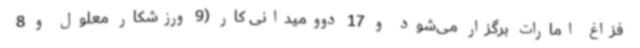
فزاغ امارات برگزار می‌شود و 17 دوومیدانی کار (9 ورزشکار معلول و 8